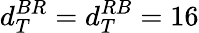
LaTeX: d_{T}^{BR}=d_{T}^{RB}=16